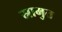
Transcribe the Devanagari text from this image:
स्रामुत